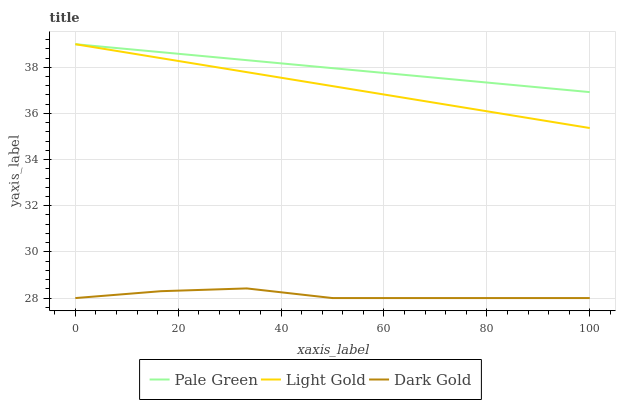
| xaxis_label | Pale Green | Light Gold | Dark Gold |
 | --- | --- | --- | --- |
 | 0 | 39 | 39 | 28 |
 | 16.7 | 38.7 | 38.4 | 28.3 |
 | 33.3 | 38.3 | 37.8 | 28.4 |
 | 50 | 38 | 37.2 | 28 |
 | 66.7 | 37.6 | 36.6 | 28 |
 | 83.3 | 37.3 | 36 | 28 |
 | 100 | 36.9 | 35.4 | 28 |